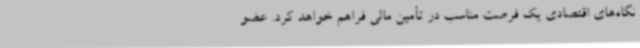
نگاه‌های اقتصادی یک فرصت مناسب در تأمین مالی فراهم خواهد کرد. عضو